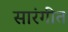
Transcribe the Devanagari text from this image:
सारंगीत